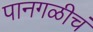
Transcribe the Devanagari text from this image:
पानगळीचं